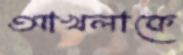
আখলাকে